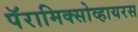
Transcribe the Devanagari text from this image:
पॅरामिक्सोव्हायरस